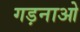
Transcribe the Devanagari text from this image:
गड़नाओ